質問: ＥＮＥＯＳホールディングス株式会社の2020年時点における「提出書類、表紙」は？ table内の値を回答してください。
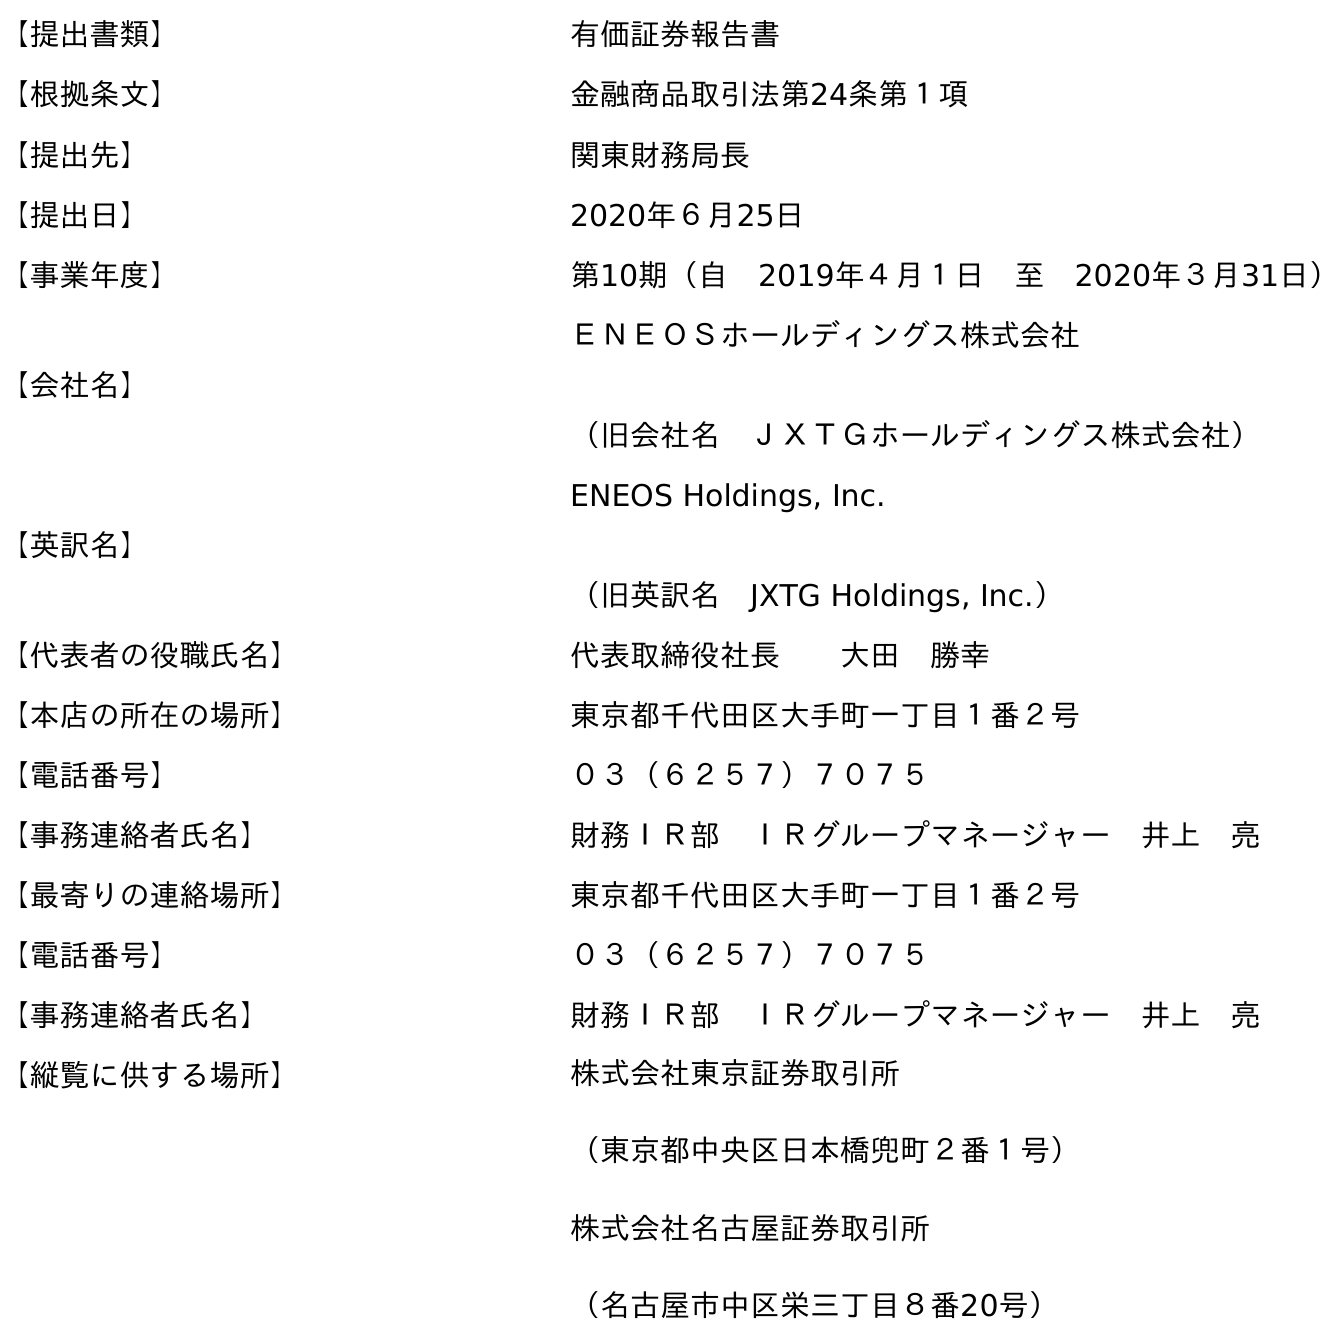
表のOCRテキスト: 【提出書類】 有価証券報告書 【根拠条文】 金融商品取引法第24条第１項 【提出先】 関東財務局長 【提出日】 2020年６月25日 【事業年度】 第10期（自 2019年４月１日 至 2020年３月31日） 【会社名】 ＥＮＥＯＳホールディングス株式会社 （旧会社名 ＪＸＴＧホールディングス株式会社） 【英訳名】 ENEOS Holdings, Inc. （旧英訳名 JXTG Holdings, Inc.） 【代表者の役職氏名】 代表取締役社長  大田 勝幸 【本店の所在の場所】 東京都千代田区大手町一丁目１番２号 【電話番号】 ０３（６２５７）７０７５ 【事務連絡者氏名】 財務ＩＲ部 ＩＲグループマネージャー 井上 亮 【最寄りの連絡場所】 東京都千代田区大手町一丁目１番２号 【電話番号】 ０３（６２５７）７０７５ 【事務連絡者氏名】 財務ＩＲ部 ＩＲグループマネージャー 井上 亮 【縦覧に供する場所】 株式会社東京証券取引所 （東京都中央区日本橋兜町２番１号） 株式会社名古屋証券取引所 （名古屋市中区栄三丁目８番20号）
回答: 有価証券報告書